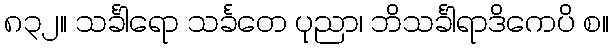
၈၃၂။ သင်္ခါရော သင်္ခတေ ပုညာ၊ ဘိသင်္ခါရာဒိကေပိ စ။